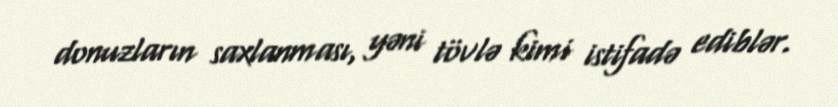
donuzların saxlanması, yəni tövlə kimi istifadə ediblər.